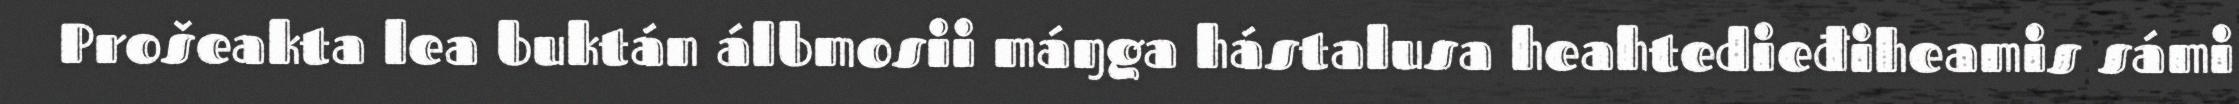
Prošeakta lea buktán álbmosii máŋga hástalusa heahtedieđiheamis sámi